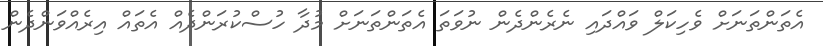
އެތަންތަނަށް ވެހިކަލް ވައްދައި ނެރެންދެން ނުވަތަ އެތަންތަނަށް މުދާ ހުސްކުރަންދެއް އެތައް އިރެއްވަންދެން